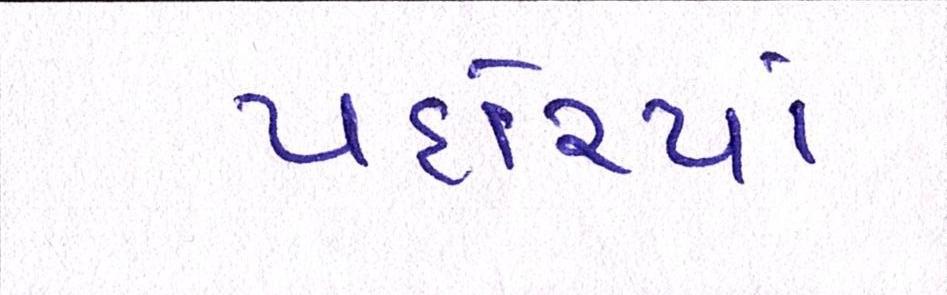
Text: પહોંચ્યાં